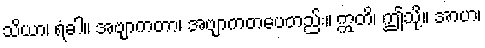
သိယာ၊ ရံခါ။ အဗျာကတာ၊ အဗျာကတပေတည်း။ ဣတိ၊ ဤသို့။ အာဟ၊